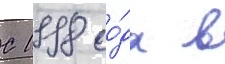
С 1998 го́да в